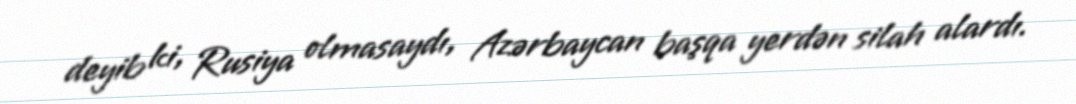
deyib ki, Rusiya olmasaydı, Azərbaycan başqa yerdən silah alardı.